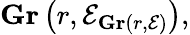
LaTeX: \mathbf{Gr}\left(r,{\mathcal{E}}_{\mathbf{Gr}(r,{\mathcal{E}})}\right),